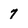
Character: 7